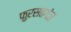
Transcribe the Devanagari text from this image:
फुरसतगंज